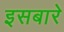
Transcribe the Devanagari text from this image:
इसबारे